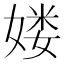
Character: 𡞱